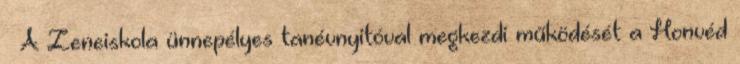
– A Zeneiskola ünnepélyes tanévnyitóval megkezdi működését a Honvéd